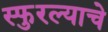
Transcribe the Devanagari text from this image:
स्फुरल्याचे